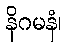
နိဂမနံ၊